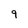
Character: 9